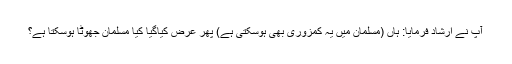
آپ نے ارشاد فرمایا: ہاں (مسلمان میں یہ کمزوری بھی ہوسکتی ہے) پھر عرض کیاگیا کیا مسلمان جھوٹا ہوسکتا ہے؟